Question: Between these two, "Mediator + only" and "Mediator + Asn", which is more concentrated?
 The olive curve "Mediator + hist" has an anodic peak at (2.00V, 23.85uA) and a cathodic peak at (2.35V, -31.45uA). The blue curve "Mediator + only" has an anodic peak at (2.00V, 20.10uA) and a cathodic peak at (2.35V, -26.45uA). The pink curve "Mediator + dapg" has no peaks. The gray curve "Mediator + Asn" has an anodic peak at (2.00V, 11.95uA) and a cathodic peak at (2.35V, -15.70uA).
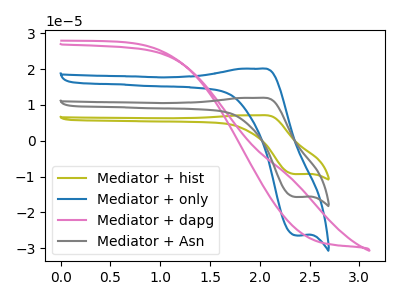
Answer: <think>All the peaks in "Mediator + only" have a peak in "Mediator + Asn" at the same potential. Every peak in "Mediator + only" is higher than every peak in "Mediator + Asn".
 </think>
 <answer>"Mediator + only" has more signal than "Mediator + Asn" and so likely has a higher concentration.</answer>
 <eval>more_concentration</eval>